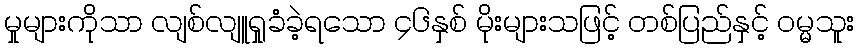
မှုများကိုသာ လျစ်လျူရှုခံခဲ့ရသော ၄၆နှစ် မိုးများသဖြင့် တစ်ပြည်နှင့် ဝမ္မသူး